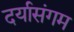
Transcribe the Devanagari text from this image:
दर्यासंगम